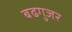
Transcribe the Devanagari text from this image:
बढगुजर